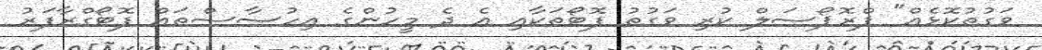
ވަގުތުކޮޅެއް" ޕްރޮޕޯސަލް ކުރި ވަގުތު ފޮޓޯތަކާއި އެ ދެ މީހުންގެ އިހުސާސްތައް ފޮޓޯގްރާފަރު